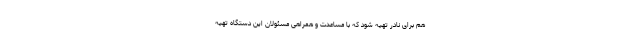
هم برای نادر تهیه شود که با مساعدت و همراهی مسئولان این دستگاه تهیه